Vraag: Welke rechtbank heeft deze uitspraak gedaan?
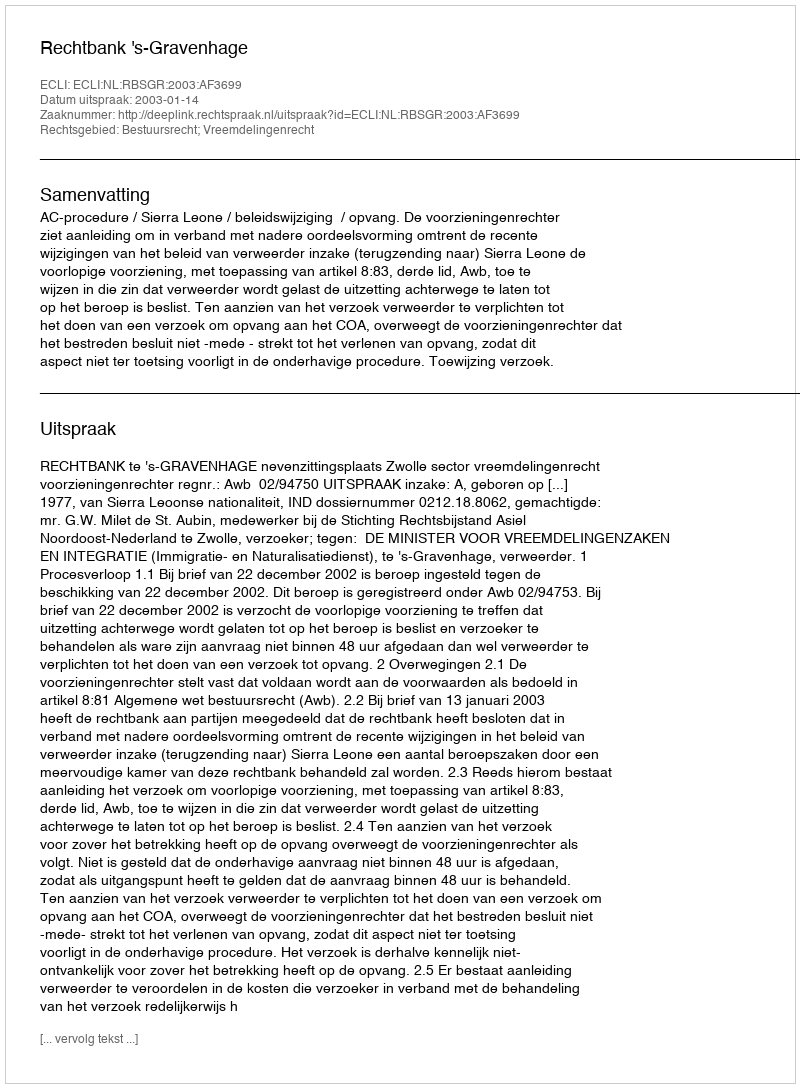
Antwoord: Rechtbank 's-Gravenhage